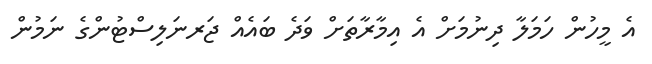
އެ މީހުން ހަމަލާ ދިނުމަށް އެ އިމާރާތަށް ވަަަދެ ބައެއް ޖަރނަލިސްޓުންގެ ނަމުން